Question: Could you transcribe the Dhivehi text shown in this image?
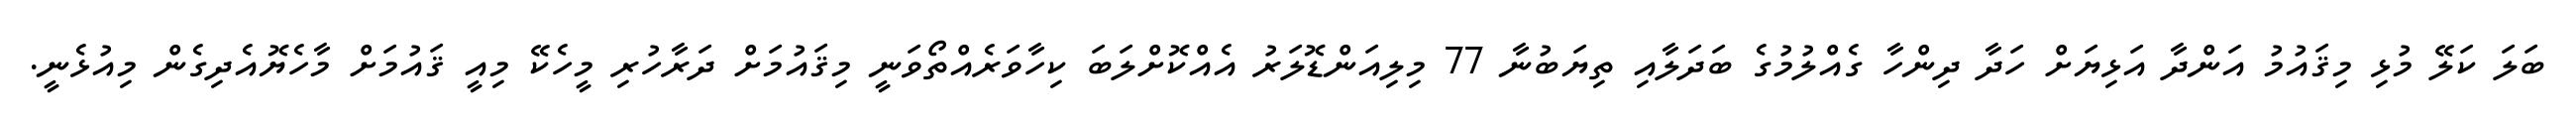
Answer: ބަލަ ކަލޭ މުޅި މިޤައުމު އަންދާ އަޅިޔަށް ހަދާ ދިންހާ ގެއްލުމުގެ ބަދަލާއި ތިޔަބުނާ 77 މިލިއަންޑޮލަރު އެއްކޮށްލަބަ ކިހާވަރެއްތޯވަނީ މިޤައުމަށް ދަރާހުރި މީހެކޭ މިއީ ޤައުމަށް މާހެޔޮއެދިގެން މިއުޅެނީ.